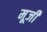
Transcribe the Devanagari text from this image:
मूजी